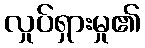
လှုပ်ရှားမှု၏